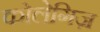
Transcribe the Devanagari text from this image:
कोलेगिज़